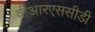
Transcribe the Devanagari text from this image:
वीआरएससीडी